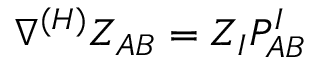
\nabla ^ { ( H ) } Z _ { A B } = Z _ { I } P _ { A B } ^ { I }